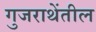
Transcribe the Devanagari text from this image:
गुजराथेंतील